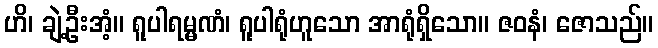
ဟိ၊ ချဲ့ဦးအံ့။ ရူပါရမ္မဏံ၊ ရူပါရုံဟူသော အာရုံရှိသော။ ဇဝနံ၊ ဇောသည်။